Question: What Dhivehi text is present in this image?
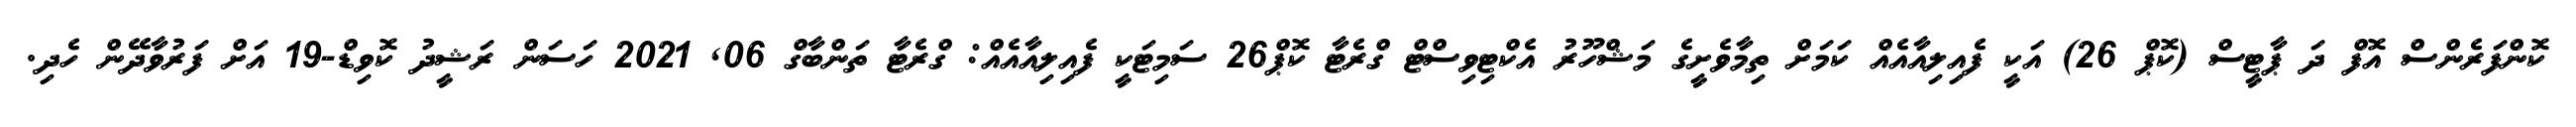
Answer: ކޮންފަރެންސް އޮފް ދަ ޕާޓީސް (ކޮޕް 26) އަކީ ފެއިލިއާއެއް ކަމަށް ތިމާވެށީގެ މަޝްހޫރު އެކްޓިވިސްޓް ގްރެޓާ ކޮޕް26 ސަމިޓަކީ ފެއިލިއާއެއް: ގްރެޓާ ތަންބާގް 06, 2021 ހަސަން ރަޝީދު ކޮވިޑް-19 އަށް ފަރުވާދޭން ހެދި.